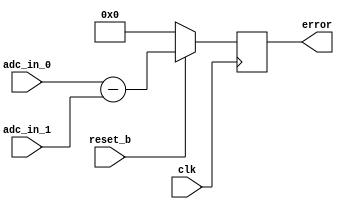
`timescale 1ns / 1ps
//////////////////////////////////////////////////////////////////////////////////
// Company: 
// Engineer: 
// 
// Design Name: 
// Module Name: Error_Calculator
// Project Name: 
// Target Devices: 
// Tool Versions: 
// Description: 
// 
// Dependencies: 
// 
// Revision:
// Revision 0.01 - File Created
// Additional Comments:
// 
//////////////////////////////////////////////////////////////////////////////////


module Error_Calculator(clk,reset_b,adc_in_0,adc_in_1,error);
    input clk; 
    input reset_b; 
    input [15:0] adc_in_0; 
    input [15:0] adc_in_1;
    output reg signed [15:0] error;
    
    
    always @ (posedge clk) 
        begin 
            if (!reset_b)
                error <= 0;  
            else 
                begin 
                error <= adc_in_0 - adc_in_1; 
                end
        end 
              
endmodule